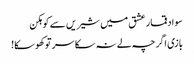
سواد قمار عشق میں شیریں سے کوہکن
بازی اگر چہ لے نہ سکا سر تو کھوسکا!